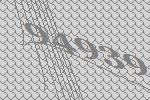
94939